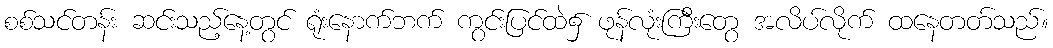
စစ်သင်တန်း ဆင်းသည့်နေ့တွင် ရုံးနောက်ဘက် ကွင်းပြင်ထဲ၌ ဖုန်လုံးကြီးတွေ အလိပ်လိုက် ထနေတတ်သည်။